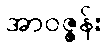
အာဝဇ္ဇန်း